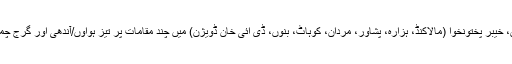
اس دوران ڈی جی خان ڈویژن، خیبر پختونخوا (مالاکنڈ، ہزارہ، پشاور، مردان، کوہاٹ، بنوں، ڈی اٗئی خان ڈویژن) میں چند مقامات پر تیز ہواوٗں/آندھی اور گرج چمک کے ساتھ بارش کا امکان۔